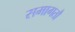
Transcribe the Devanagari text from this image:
समागतौ